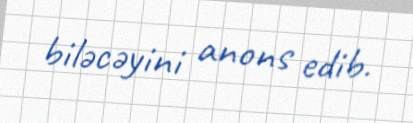
biləcəyini anons edib.